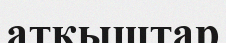
атқыштар